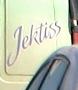
jektiss